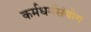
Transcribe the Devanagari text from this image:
कर्मधर्मसंयोग